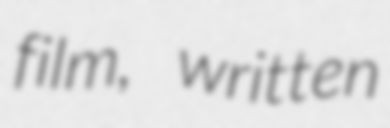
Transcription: film, written